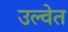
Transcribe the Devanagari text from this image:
उल्वेत